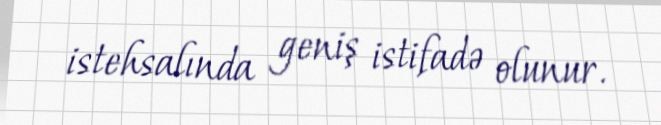
istehsalında geniş istifadə olunur.